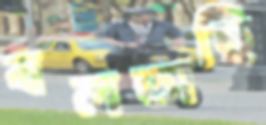
বলতাছি